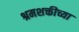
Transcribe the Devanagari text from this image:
श्रमशक्तीच्या